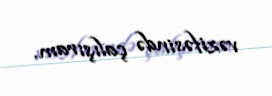
vəzifəsində çalışıram.